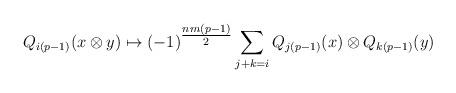
LaTeX: \begin{align*}Q_{i(p-1)}(x\otimes y)\mapsto (-1)^{\tfrac{nm(p-1)}{2}}\sum_{j+k=i}Q_{j(p-1)}(x)\otimes Q_{k(p-1)}(y)\end{align*}